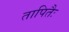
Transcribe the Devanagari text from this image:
तापितैः